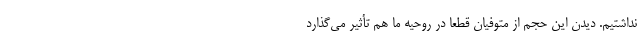
نداشتیم. دیدن این حجم از متوفیان قطعاً در روحیه ما هم تأثیر می‌گذارد